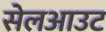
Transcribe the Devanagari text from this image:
सेलआउट